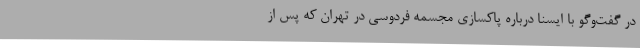
در گفت‌وگو با ایسنا درباره پاکسازی مجسمه فردوسی در تهران که پس از